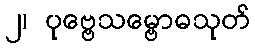
၂၊ ပုဗ္ဗေသမ္ဗောဓသုတ်